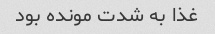
غذا به شدت مونده بود